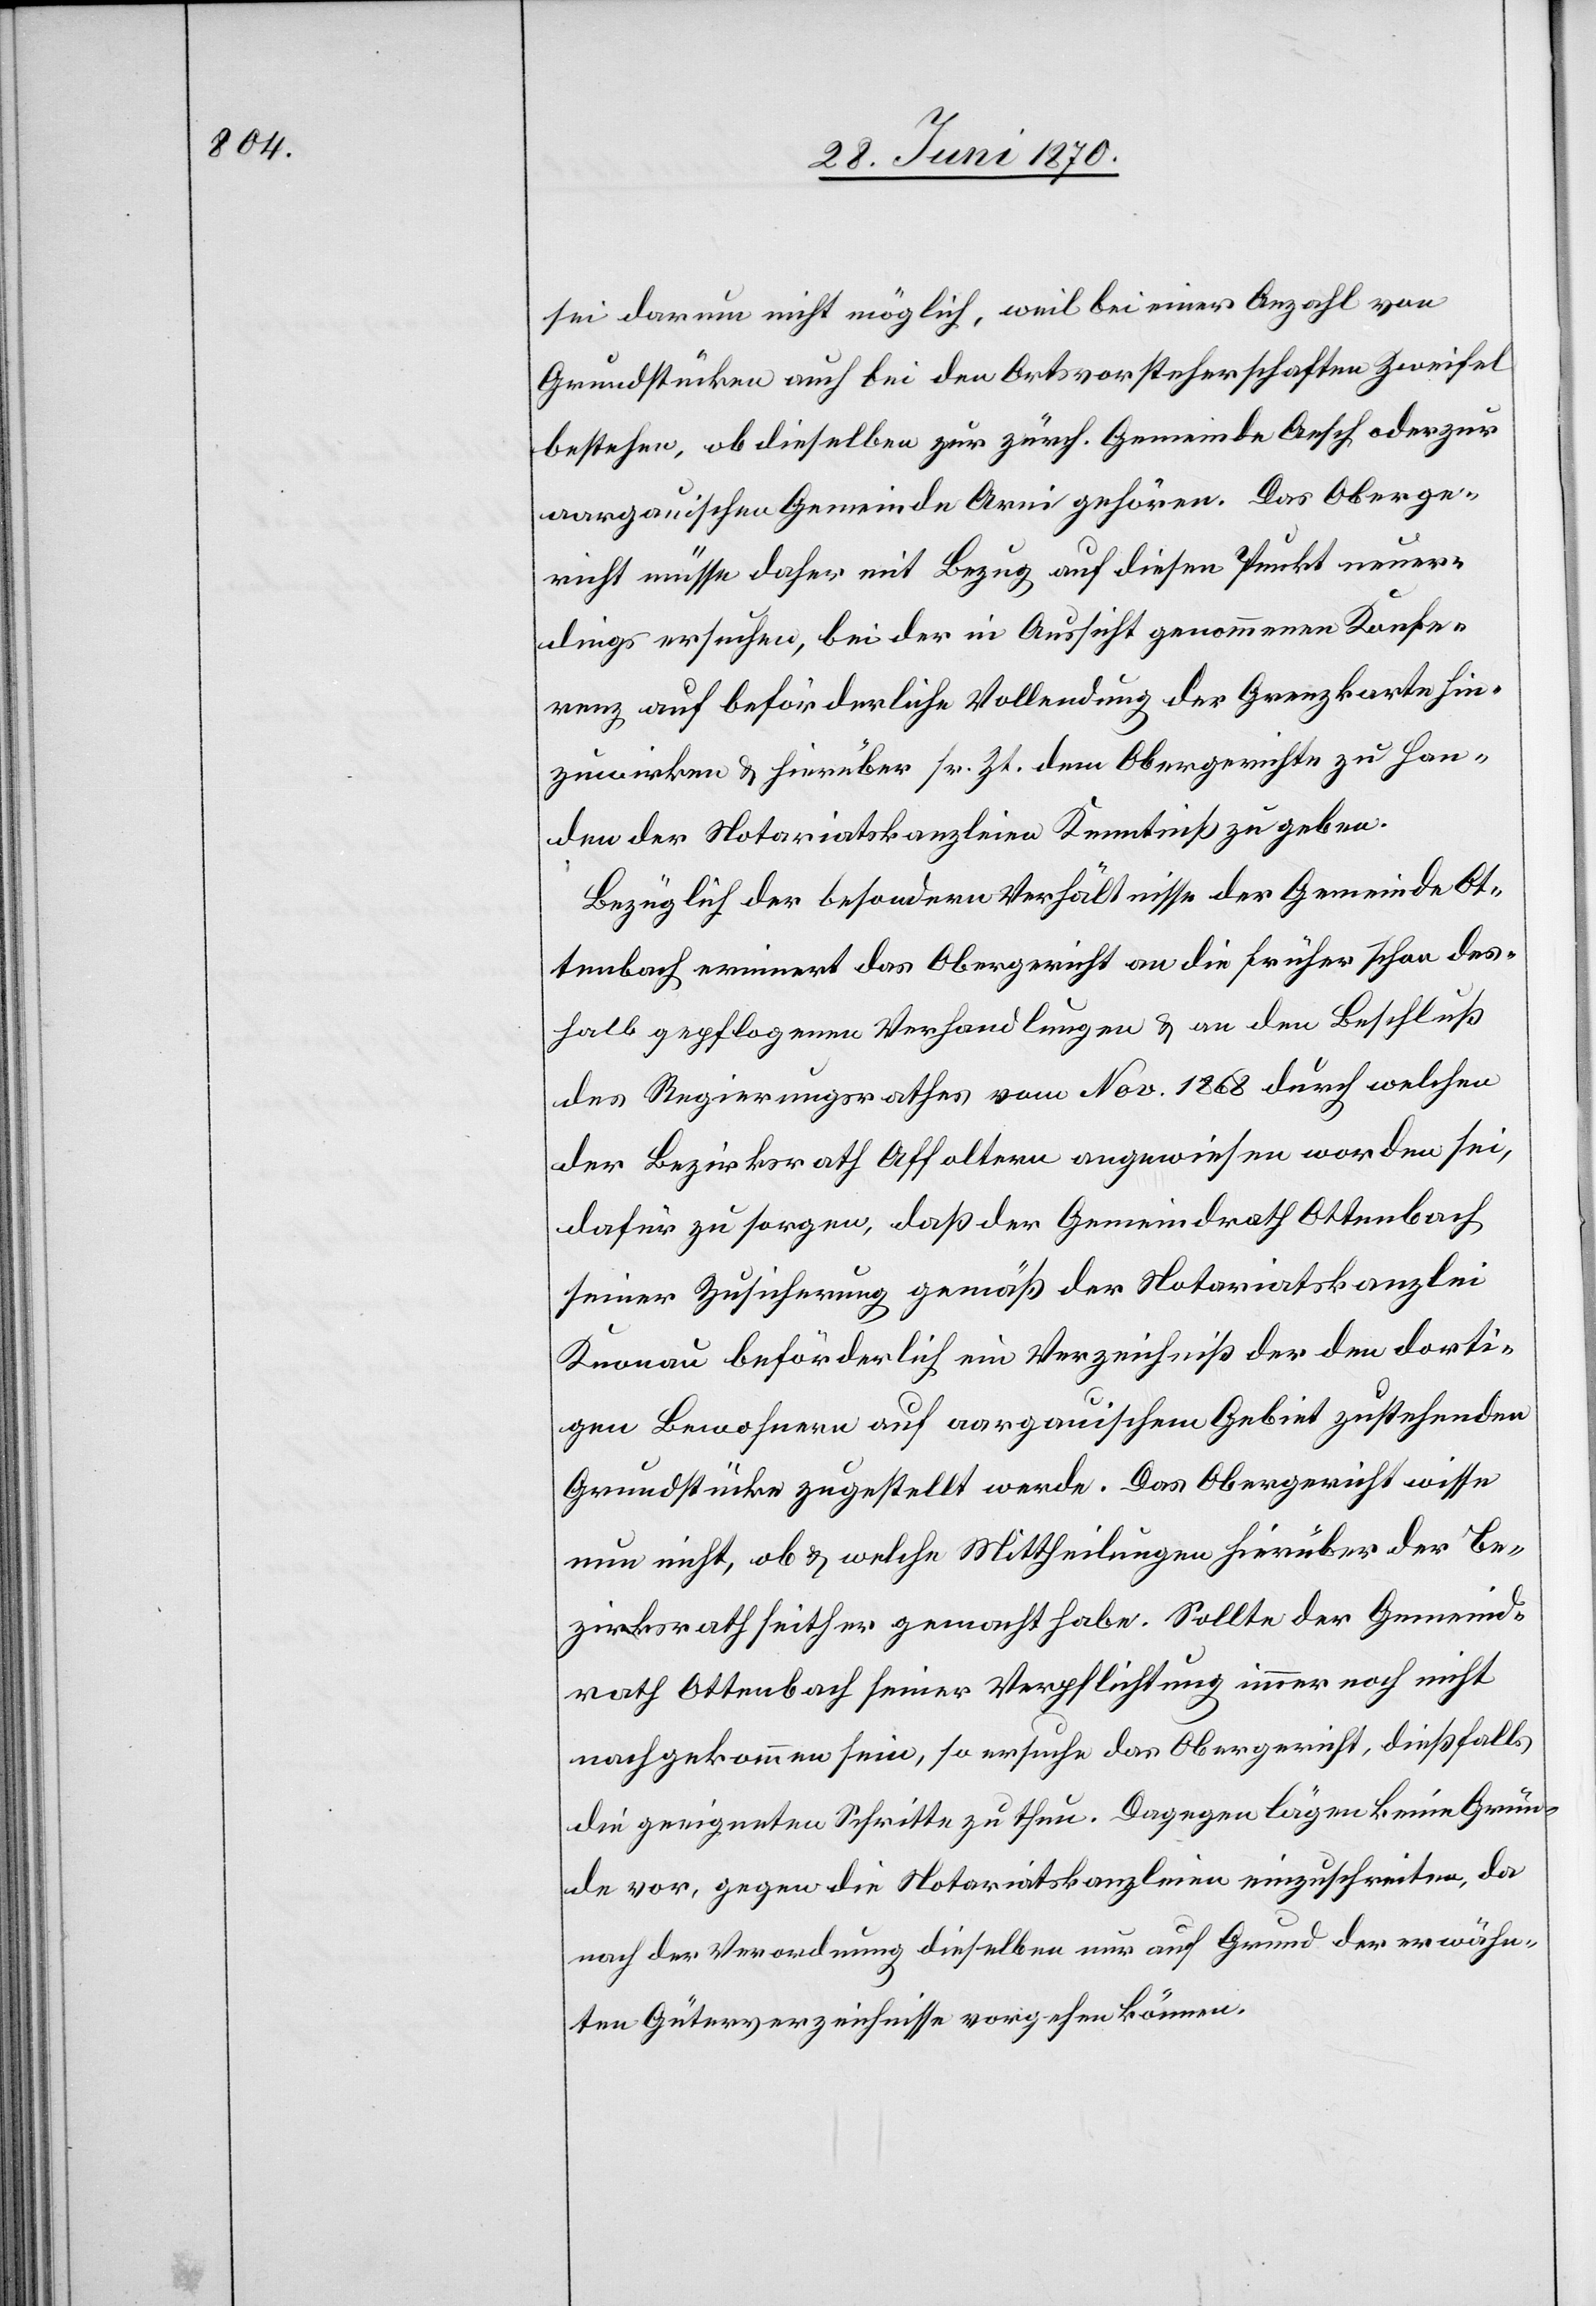
sei darum nicht möglich, weil bei einer Anzahl von
Grundstücken auch bei den Ortsvorsteherschaften Zweifel
bestehen, ob dieselben zur zürch. Gemeinde Aesch oder zur
aargauischen Gemeinde Arni gehören. Das Oberge¬
richt müsse daher mit Bezug auf diesen Punkt neuer¬
dings ersuchen, bei der in Aussicht genommenen Konfe¬
renz auf beförderliche Vollendung der Grenzkarte hin¬
zuwirken & hierüber sr. Zt. dem Obergerichte zu Han¬
den der Notariatskanzleien Kenntniß zu geben.
Bezüglich der besondern Verhältnisse der Gemeinde Ot¬
tenbach erinnert das Obergericht an die früher schon des¬
halb gepflogenen Verhandlungen & an den Beschluß
des Regierungsrathes vom Nov. 1868 durch welchen
der Bezirksrath Affoltern angewiesen worden sei,
dafür zu sorgen, daß der Gemeindrath Ottenbach
seiner Zusicherung gemäß der Notariatskanzlei
Knonau beförderlich ein Verzeichniß der den dorti¬
gen Bewohnern auf aargauischem Gebiet zustehenden
Grundstücke zugestellt werde. Das Obergericht wisse
nun nicht, ob & welche Mittheilungen hierüber der Be¬
zirksrath seither gemacht habe. Sollte der Gemeind¬
rath Ottenbach seiner Verpflichtung immer noch nicht
nachgekommen sein, so ersuche das Obergericht, dießfalls
die geeigneten Schritte zu thun. Dagegen lägen keine Grün¬
de vor, gegen die Notariatskanzleien einzuschreiten, da
nach der Verordnung dieselben nur auf Grund der erwähn¬
ten Güterverzeichnisse vorgehen können.